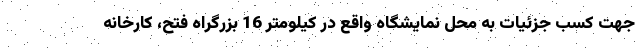
جهت کسب جزئیات به محل نمایشگاه واقع در کیلومتر 16 بزرگراه فتح، کارخانه